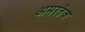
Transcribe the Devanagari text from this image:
अमरतेज